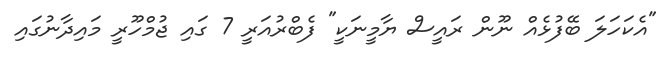
"އެކަހަލަ ބޭފުޅެއް ނޫން ރައީސް ޔާމީނަކީ" ފެބްރުއަރީ 7 ގައި ޖުމްހޫރީ މައިދާނުގައި